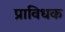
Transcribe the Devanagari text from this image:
प्राविधक